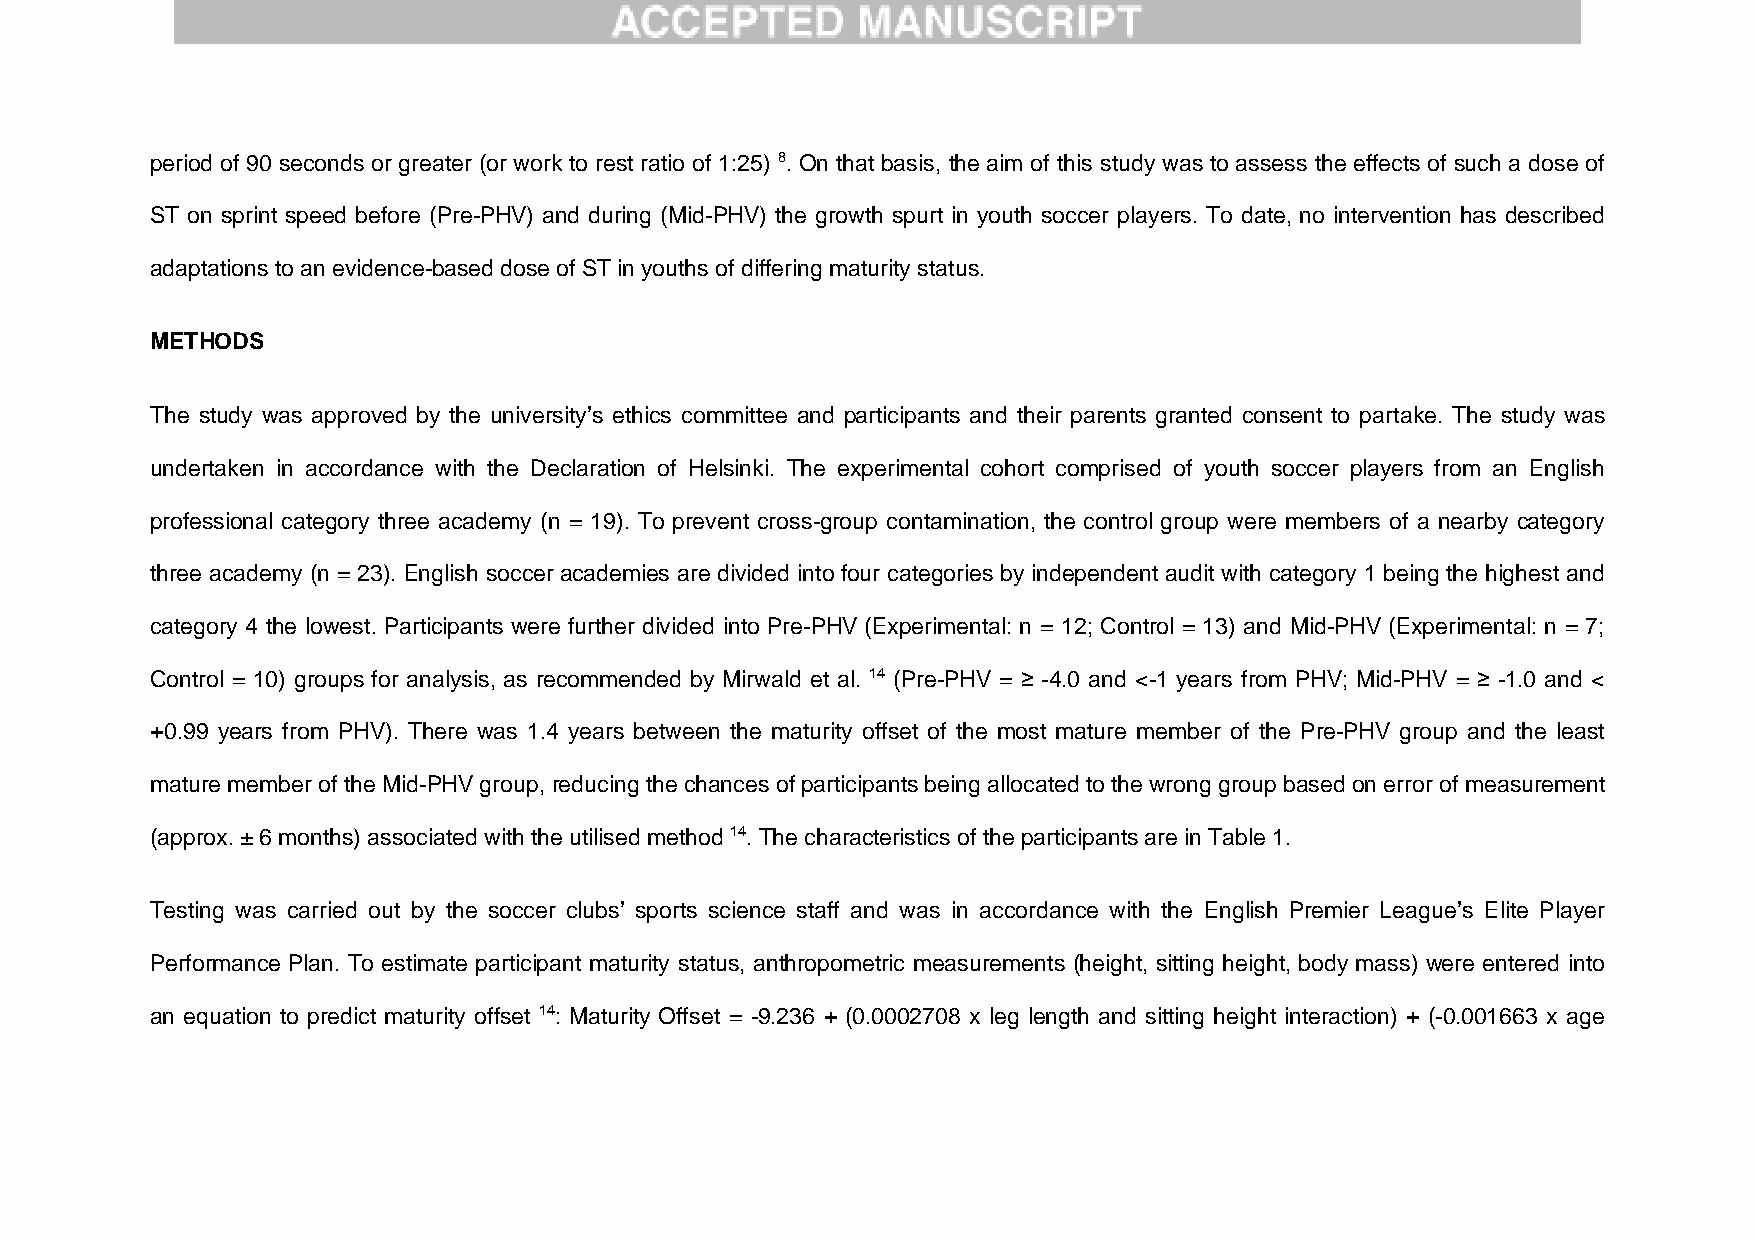
period of 90 seconds or greater (or work to rest ratio of 1:25) 8. On that basis, the aim of this study was to assess the effects of such a dose of
 ST on sprint speed before (Pre-PHV) and during (Mid-PHV) the growth spurt in youth soccer players. To date, no intervention has described
 adaptations to an evidence-based dose of ST in youths of differing maturity status.
 METHODS
 The study was approved by the university’s ethics committee and participants and their parents granted consent to partake. The study was
 undertaken in accordance with the Declaration of Helsinki. The experimental cohort comprised of youth soccer players from an English
 professional category three academy (n = 19). To prevent cross-group contamination, the control group were members of a nearby category
 three academy (n = 23). English soccer academies are divided into four categories by independent audit with category 1 being the highest and
 category 4 the lowest. Participants were further divided into Pre-PHV (Experimental: n = 12; Control = 13) and Mid-PHV (Experimental: n = 7;
 Control = 10) groups for analysis, as recommended by Mirwald et al. 14 (Pre-PHV = ≥ -4.0 and <-1 years from PHV; Mid-PHV = ≥ -1.0 and <
 +0.99 years from PHV). There was 1.4 years between the maturity offset of the most mature member of the Pre-PHV group and the least
 mature member of the Mid-PHV group, reducing the chances of participants being allocated to the wrong group based on error of measurement
 (approx. ± 6 months) associated with the utilised method 14. The characteristics of the participants are in Table 1.
 Testing was carried out by the soccer clubs’ sports science staff and was in accordance with the English Premier League’s Elite Player
 Performance Plan. To estimate participant maturity status, anthropometric measurements (height, sitting height, body mass) were entered into
 an equation to predict maturity offset 14: Maturity Offset = -9.236 + (0.0002708 x leg length and sitting height interaction) + (-0.001663 x age